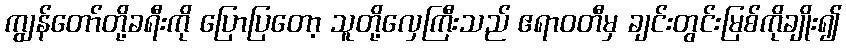
ကျွန်တော်တို့ခရီးကို ပြောပြတော့ သူတို့လှေကြီးသည် ဧရာဝတီမှ ချင်းတွင်းမြစ်ကိုချိုး၍